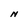
Character: N